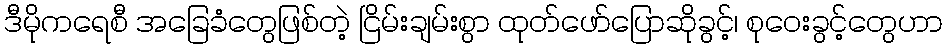
ဒီမိုကရေစီ အခြေခံတွေဖြစ်တဲ့ ငြိမ်းချမ်းစွာ ထုတ်ဖော်ပြောဆိုခွင့်၊ စုဝေးခွင့်တွေဟာ